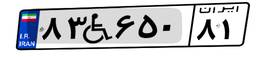
۷۰W۱۶۰۵۹